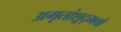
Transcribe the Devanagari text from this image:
अमृतांशूद्भवो